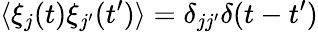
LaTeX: \langle\xi_{j}(t)\xi_{j^{\prime}}(t^{\prime})\rangle=\delta_{jj^{\prime}}\delta(t-t^{\prime})